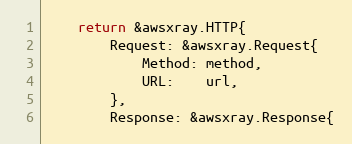
Language: Go
	return &awsxray.HTTP{
		Request: &awsxray.Request{
			Method: method,
			URL:    url,
		},
		Response: &awsxray.Response{